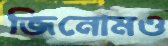
জিনোমও